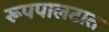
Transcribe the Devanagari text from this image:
रूपपालटात